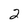
Character: 2